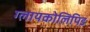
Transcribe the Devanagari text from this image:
ग्लायकोलिपिड